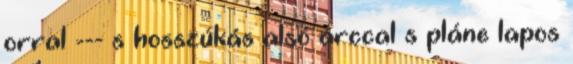
orral --- s hosszúkás alsó arccal s pláne lapos